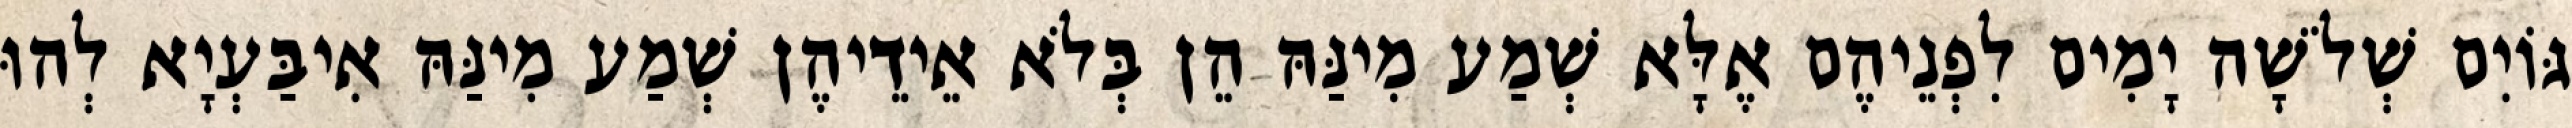
גּוֹיִם שְׁלֹשָׁה יָמִים לִפְנֵיהֶם אֶלָּא שְׁמַע מִינַּהּ הֵן בְּלֹא אֵידֵיהֶן שְׁמַע מִינַּהּ אִיבַּעְיָא לְהוּ